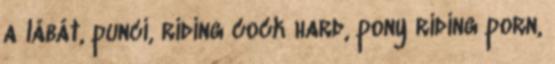
a lábát, punci, riding cock hard, pony riding porn,